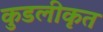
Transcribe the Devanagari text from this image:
कुडलीकृत